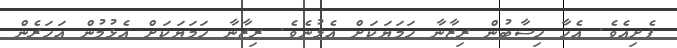
ފެށިއެެވެ. އެހާ ހިސާބުން ރިޒާނާ ހަމަޔަކަށް އެޅުނެވެ. ރިޒާނާ ހަމަޔަކަށް އެޅުމުން އަހަރެން